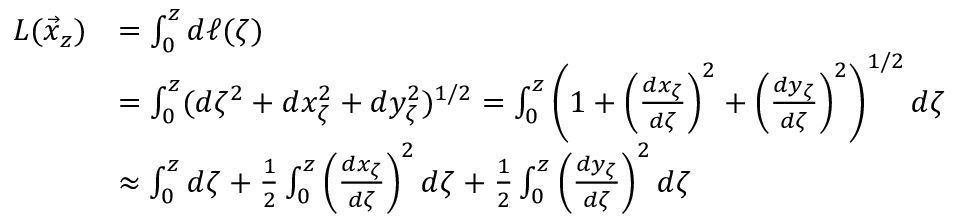
\begin{array} { r l } { L ( \vec { x } _ { z } ) } & { = \int _ { 0 } ^ { z } d \ell ( \zeta ) } \\ & { = \int _ { 0 } ^ { z } ( d \zeta ^ { 2 } + d x _ { \zeta } ^ { 2 } + d y _ { \zeta } ^ { 2 } ) ^ { 1 / 2 } = \int _ { 0 } ^ { z } \left( 1 + \left( \frac { d x _ { \zeta } } { d \zeta } \right) ^ { 2 } + \left( \frac { d y _ { \zeta } } { d \zeta } \right) ^ { 2 } \right) ^ { 1 / 2 } d \zeta } \\ & { \approx \int _ { 0 } ^ { z } d \zeta + \frac { 1 } { 2 } \int _ { 0 } ^ { z } \left( \frac { d x _ { \zeta } } { d \zeta } \right) ^ { 2 } d \zeta + \frac { 1 } { 2 } \int _ { 0 } ^ { z } \left( \frac { d y _ { \zeta } } { d \zeta } \right) ^ { 2 } d \zeta } \end{array}